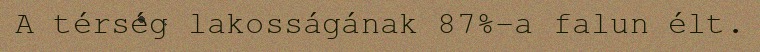
A térség lakosságának 87%-a falun élt.